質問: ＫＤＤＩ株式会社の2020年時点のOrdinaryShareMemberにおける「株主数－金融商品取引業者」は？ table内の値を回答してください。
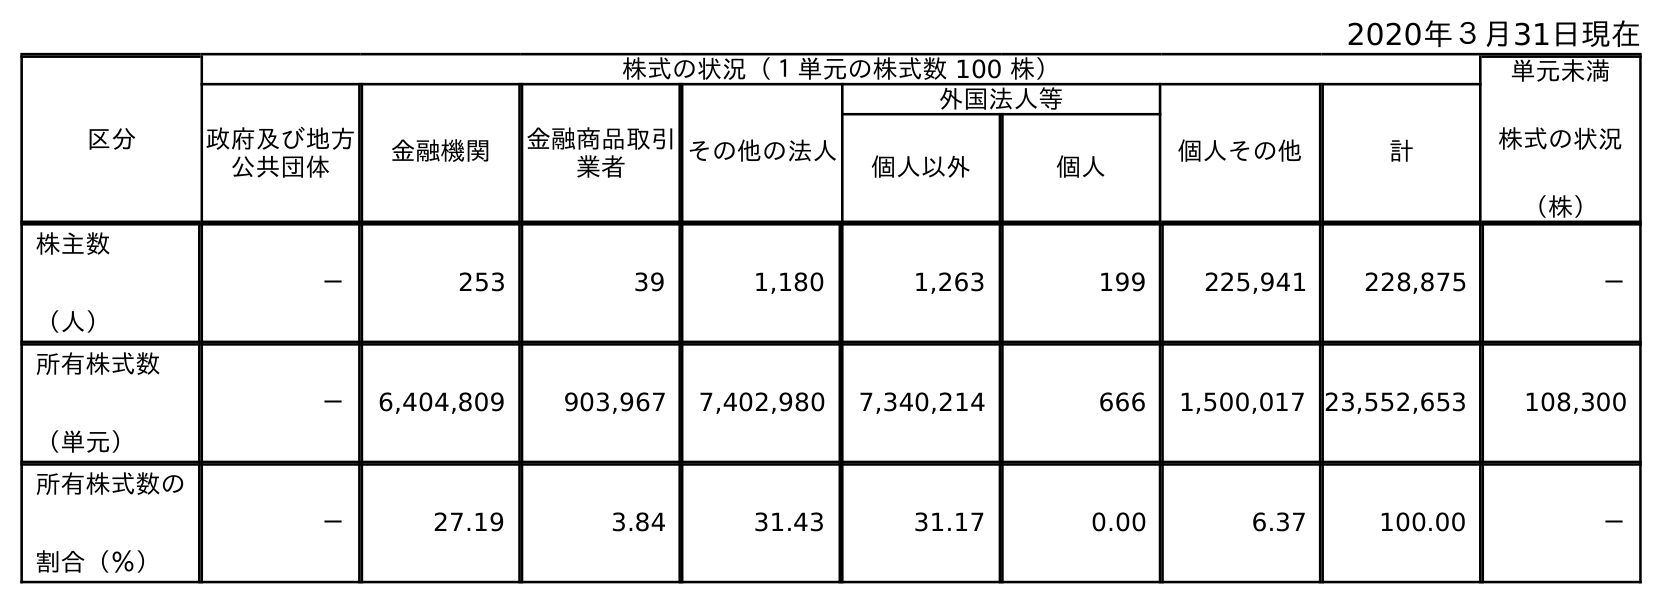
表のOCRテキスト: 2020年３月31日現在 区分 株式の状況（１単元の株式数 100 株） 単元未満 株式の状況 （株） 政府及び地方 公共団体 金融機関 金融商品取引 業者 その他の法人 外国法人等 個人その他 計 個人以外 個人 株主数 （人） － 253 39 1,180 1,263 199 225,941 228,875 － 所有株式数 （単元） － 6,404,809 903,967 7,402,980 7,340,214 666 1,500,017 23,552,653 108,300 所有株式数の 割合（％） － 27.19 3.84 31.43 31.17 0.00 6.37 100.00 －
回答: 39